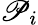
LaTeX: \mathscr{P}_{i}